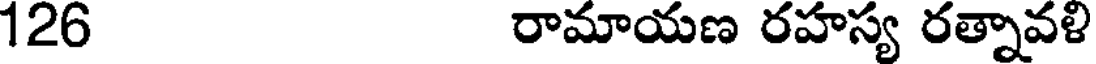
126 రామాయణ రహస్య రత్నావళి